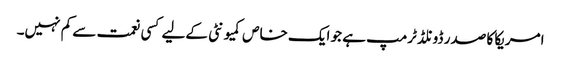
امریکا کا صدر ڈونلڈ ٹرمپ ہے جو ایک خاص کمیو نٹی کےلیے کسی نعمت سے کم نہیں۔